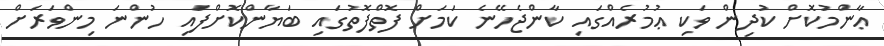
ޢާންމުކޮށް ކުދިން ވަކި ޢުމުރެއްގައި ކާންޖެހޭނެ ކަމަށް ފޮތްފޮތުގައި ބަޔާންކޮށްފައި ހުންނަ މިންވަރަށް